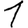
Digit: 1